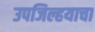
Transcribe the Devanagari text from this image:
उपजिल्हयाचा